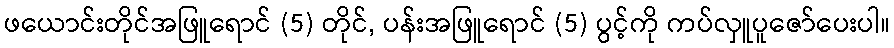
ဖယောင်းတိုင်အဖြူရောင် (5) တိုင်, ပန်းအဖြူရောင် (5) ပွင့်ကို ကပ်လှူပူဇော်ပေးပါ။